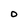
Character: O